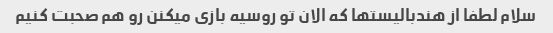
سلام لطفا از هندبالیستها که الان تو روسیه بازی میکنن رو هم صحبت کنیم